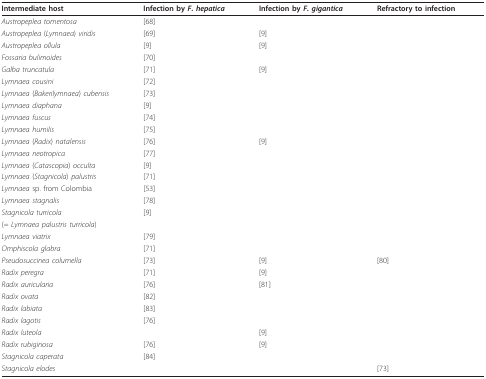
<table><thead><tr><td><b>Intermediate host</b></td><td><b>Infection by <i>F. hepatica</i></b></td><td><b>Infection by <i>F. gigantica</i></b></td><td><b>Refractory to infection</b></td></tr></thead><tbody><tr><td><i>Austropeplea tomentosa</i></td><td>[68]</td><td></td><td></td></tr><tr><td><i>Austropeplea </i>(<i>Lymnaea</i>) <i>viridis</i></td><td>[69]</td><td>[9]</td><td></td></tr><tr><td><i>Austropeplea ollula</i></td><td>[9]</td><td>[9]</td><td></td></tr><tr><td><i>Fossaria bulimoides</i></td><td>[70]</td><td></td><td></td></tr><tr><td><i>Galba truncatula</i></td><td>[71]</td><td>[9]</td><td></td></tr><tr><td><i>Lymnaea cousini</i></td><td>[72]</td><td></td><td></td></tr><tr><td><i>Lymnaea </i>(<i>Bakerilymnaea</i>) <i>cubensis</i></td><td>[73]</td><td></td><td></td></tr><tr><td><i>Lymnaea diaphana</i></td><td>[9]</td><td></td><td></td></tr><tr><td><i>Lymnaea fuscus</i></td><td>[74]</td><td></td><td></td></tr><tr><td><i>Lymnaea humilis</i></td><td>[75]</td><td></td><td></td></tr><tr><td><i>Lymnaea </i>(<i>Radix</i>) <i>natalensis</i></td><td>[76]</td><td>[9]</td><td></td></tr><tr><td><i>Lymnaea neotropica</i></td><td>[77]</td><td></td><td></td></tr><tr><td><i>Lymnaea </i>(<i>Catascopia</i>) <i>occulta</i></td><td>[9]</td><td></td><td></td></tr><tr><td><i>Lymnaea </i>(<i>Stagnicola</i>) <i>palustris</i></td><td>[71]</td><td></td><td></td></tr><tr><td><i>Lymnaea </i>sp. from Colombia</td><td>[53]</td><td></td><td></td></tr><tr><td><i>Lymnaea stagnalis</i></td><td>[78]</td><td></td><td></td></tr><tr><td><i>Stagnicola turricola</i></td><td>[9]</td><td></td><td></td></tr><tr><td>(= <i>Lymnaea palustris turricola</i>)</td><td></td><td></td><td></td></tr><tr><td><i>Lymnaea viatrix</i></td><td>[79]</td><td></td><td></td></tr><tr><td><i>Omphiscola glabra</i></td><td>[71]</td><td></td><td></td></tr><tr><td><i>Pseudosuccinea columella</i></td><td>[73]</td><td>[9]</td><td>[80]</td></tr><tr><td><i>Radix peregra</i></td><td>[71]</td><td>[9]</td><td></td></tr><tr><td><i>Radix auricularia</i></td><td>[76]</td><td>[81]</td><td></td></tr><tr><td><i>Radix ovata</i></td><td>[82]</td><td></td><td></td></tr><tr><td><i>Radix labiata</i></td><td>[83]</td><td></td><td></td></tr><tr><td><i>Radix lagotis</i></td><td>[76]</td><td></td><td></td></tr><tr><td><i>Radix luteola</i></td><td></td><td>[9]</td><td></td></tr><tr><td><i>Radix rubiginosa</i></td><td>[76]</td><td>[9]</td><td></td></tr><tr><td><i>Stagnicola caperata</i></td><td>[84]</td><td></td><td></td></tr><tr><td><i>Stagnicola elodes</i></td><td></td><td></td><td>[73]</td></tr></tbody></table>